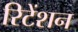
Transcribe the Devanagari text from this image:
रिटेंशन